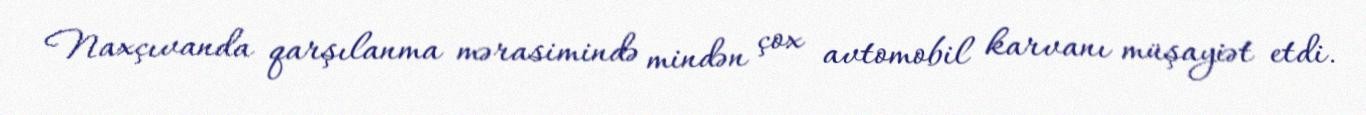
Naxçıvanda qarşılanma mərasimində mindən çox avtomobil karvanı müşayiət etdi.